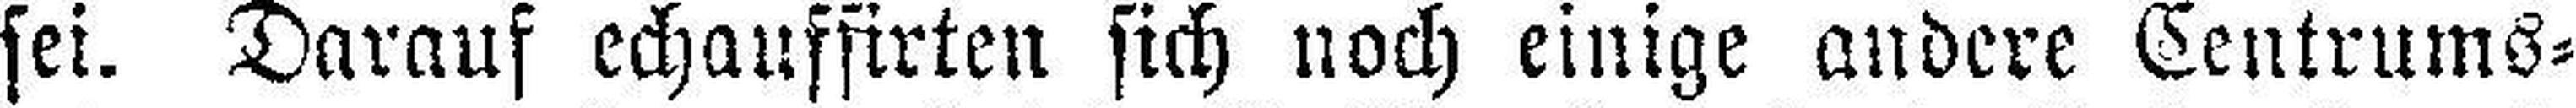
sei. Darauf echauffirten sich noch einige andere Centrums¬